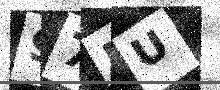
Text: 97DU